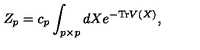
Z _ { p } = c _ { p } \int _ { p \times p } d X e ^ { - \mathrm { T r } V ( X ) } ,